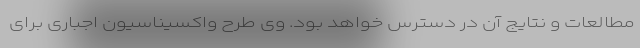
مطالعات و نتایج آن در دسترس خواهد بود. وی طرح واکسیناسیون اجباری برای